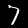
Digit: 7